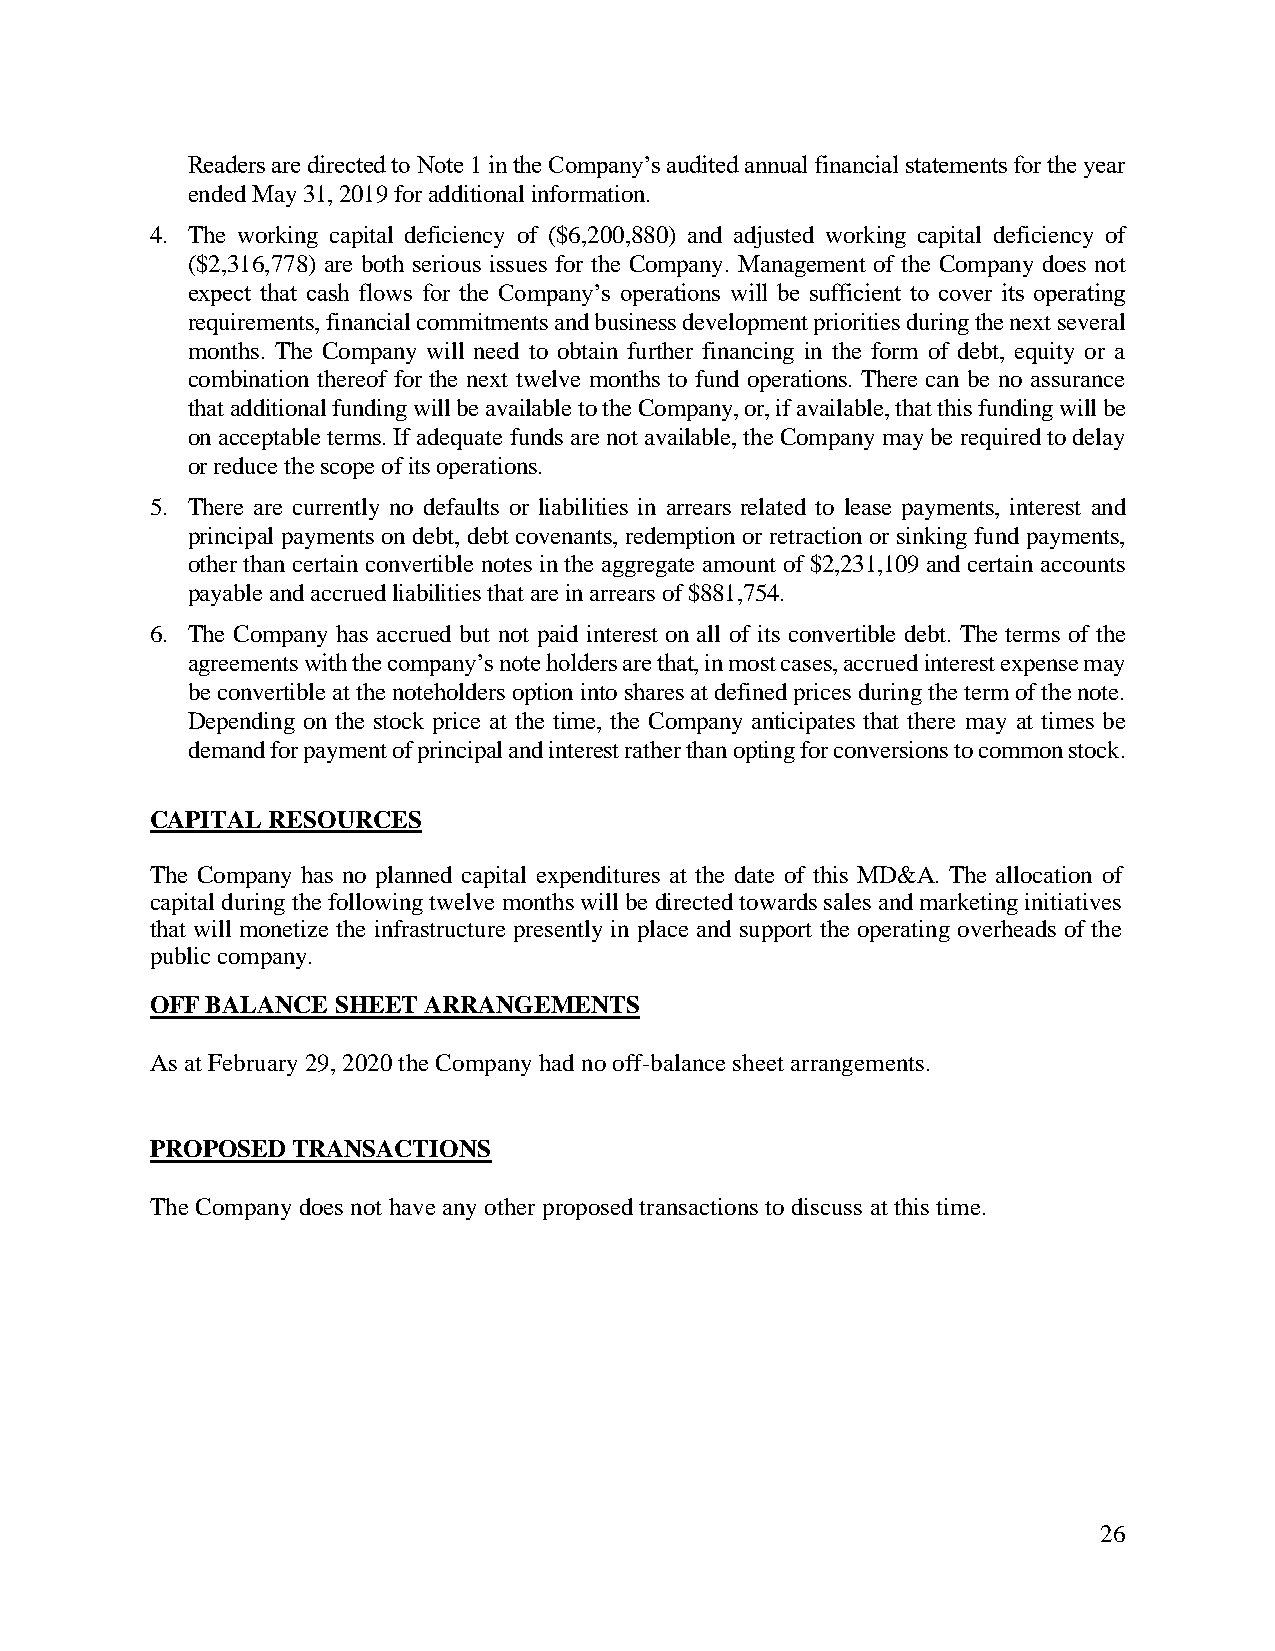
Readers are directed to Note 1 in the Company’s audited annual financial statements for the year
 ended May 31, 2019 for additional information.
 4. The working capital deficiency of ($6,200,880) and adjusted working capital deficiency of
 ($2,316,778) are both serious issues for the Company. Management of the Company does not
 expect that cash flows for the Company’s operations will be sufficient to cover its operating
 requirements, financial commitments and business development priorities during the next several
 months. The Company will need to obtain further financing in the form of debt, equity or a
 combination thereof for the next twelve months to fund operations. There can be no assurance
 that additional funding will be available to the Company, or, if available, that this funding will be
 on acceptable terms. If adequate funds are not available, the Company may be required to delay
 or reduce the scope of its operations.
 5. There are currently no defaults or liabilities in arrears related to lease payments, interest and
 principal payments on debt, debt covenants, redemption or retraction or sinking fund payments,
 other than certain convertible notes in the aggregate amount of $2,231,109 and certain accounts
 payable and accrued liabilities that are in arrears of $881,754.
 6. The Company has accrued but not paid interest on all of its convertible debt. The terms of the
 agreements with the company’s note holders are that, in most cases, accrued interest expense may
 be convertible at the noteholders option into shares at defined prices during the term of the note.
 Depending on the stock price at the time, the Company anticipates that there may at times be
 demand for payment of principal and interest rather than opting for conversions to common stock.
 CAPITAL RESOURCES
 The Company has no planned capital expenditures at the date of this MD&A. The allocation of
 capital during the following twelve months will be directed towards sales and marketing initiatives
 that will monetize the infrastructure presently in place and support the operating overheads of the
 public company.
 OFF BALANCE SHEET ARRANGEMENTS
 As at February 29, 2020 the Company had no off-balance sheet arrangements.
 PROPOSED TRANSACTIONS
 The Company does not have any other proposed transactions to discuss at this time.
 26